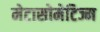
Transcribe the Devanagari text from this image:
मेटासोमेटिज्म